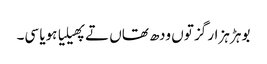
بوہڑ ہزار گز توں ودھ تھاں تے پھیلیا ہویا سی۔